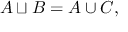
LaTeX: A \sqcup B = A \cup C ,